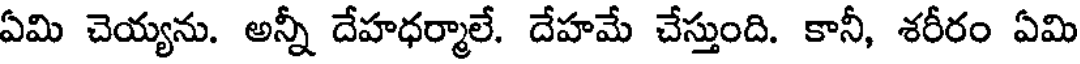
ఏమి చెయ్యను. అన్నీ దేహధర్మాలే. దేహమే చేస్తుంది. కానీ, శరీరం ఏమి